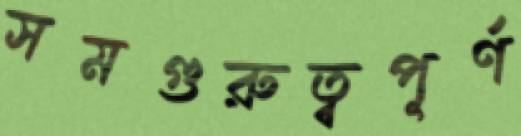
সমগুরুত্বপূর্ণ